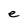
Character: e